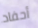
أحفاد